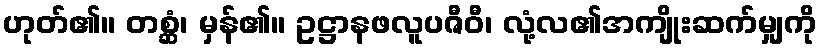
ဟုတ်၏။ တစ္ဆံ၊ မှန်၏။ ဥဋ္ဌာနဖလူပဇီဝီ၊ လုံ့လ၏အကျိုးဆက်မျှကို